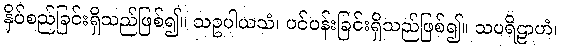
နှိပ်စည်ခြင်းရှိသည်ဖြစ်၍။ သဥပါယသံ၊ ပင်ပန်းခြင်းရှိသည်ဖြစ်၍။ သပရိဠာဟံ၊